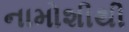
નામોશીથી